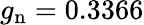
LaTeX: g_{\mathrm{n}}=0.3366